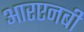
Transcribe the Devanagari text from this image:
आरएनबी